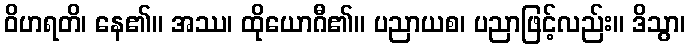
ဝိဟရတိ၊ နေ၏။ အဿ၊ ထိုယောဂီ၏။ ပညာယစ၊ ပညာဖြင့်လည်း။ ဒိသွာ၊